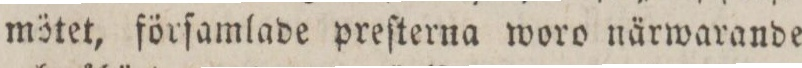
mötet, förſamlade preſterna woro närwarande